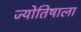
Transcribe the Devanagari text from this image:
ज्योतिषाला